Indian journal of veterinary science and animal husbandry - Volume 9,
Year: 1939
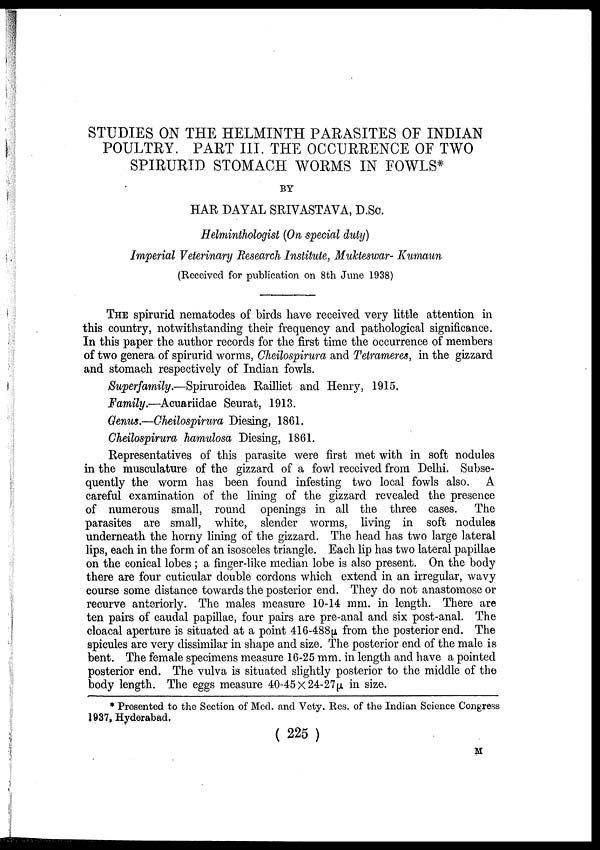
STUDIES ON THE HELMINTH PARASITES OF INDIAN
POULTRY. PART III. THE OCCURRENCE OF TWO
SPIRURID STOMACH WORMS IN FOWLS*
BY
HAR DAYAL SRIVASTAVA, D.Sc.
Helminthologist (On special duty)
Imperial Veterinary Research Institute, Mukteswar- Kumaun
(Received for publication on 8th June 1938)
THE spirurid nematodes of birds have received very little attention in
this country, notwithstanding their frequency and pathological significance.
In this paper the author records for the first time the occurrence of members
of two genera of spirurid worms, Cheilospirura and Tetrameres, in the gizzard
and stomach respectively of Indian fowls.
Superfamily.—Spiruroidea Railliet and Henry, 1915.
Family.—Acuariidae Seurat, 1913.
Genus.—Cheilospirura Diesing, 1861.
Cheilospirura hamulosa Diesing, 1861.
Representatives of this parasite were first met with in soft nodules
in the musculature of the gizzard of a fowl received from Delhi. Subse-
quently the worm has been found infesting two local fowls also. A
careful examination of the lining of the gizzard revealed the presence
of numerous small, round openings in all the three cases. The
parasites are small, white, slender worms, living in soft nodules
underneath the horny lining of the gizzard. The head has two large lateral
lips, each in the form of an isosceles triangle. Each lip has two lateral papillae
on the conical lobes ; a finger-like median lobe is also present. On the body
there are four cuticular double cordons which extend in an irregular, wavy
course some distance towards the posterior end. They do not anastomose or
recurve anteriorly. The males measure 10-14 mm. in length. There are
ten pairs of caudal papillae, four pairs are pre-anal and six post-anal. The
cloacal aperture is situated at a point 416-488µ from the posterior end. The
spicules are very dissimilar in shape and size. The posterior end of the male is
bent. The female specimens measure 16-25 mm. in length and have a pointed
posterior end. The vulva is situated slightly posterior to the middle of the
body length. The eggs measure 40-45 × 24.27µ. in size.
* Presented to the Section of Med. and Vety. Res. of the Indian Science Congress
1937, Hyderabad,
( 225 )
M